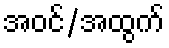
အဝင်/အထွက်